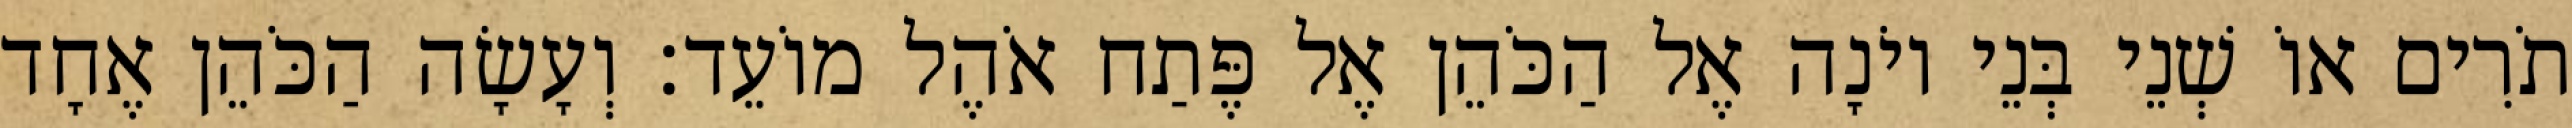
תֹרִים אוֹ שְׁנֵי בְּנֵי יוֹנָה אֶל הַכֹּהֵן אֶל פֶּתַח אֹהֶל מוֹעֵד׃ וְעָשָׂה הַכֹּהֵן אֶחָד